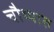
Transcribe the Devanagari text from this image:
चौथ्यात